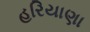
હરિયાણા